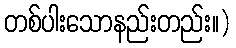
တစ်ပါးသောနည်းတည်း။)